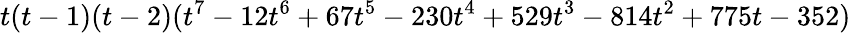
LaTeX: t(t-1)(t-2)(t^{7}-12t^{6}+67t^{5}-230t^{4}+529t^{3}-814t^{2}+775t-352)